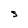
Character: S